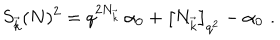
S _ { \vec { k } } ( N ) ^ { 2 } = q ^ { 2 N _ { \vec { k } } } \, \alpha _ { 0 } + \left[ N _ { \vec { k } } \right] _ { q ^ { 2 } } - \alpha _ { 0 } \, \, .